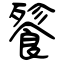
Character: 餮